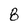
Character: 8